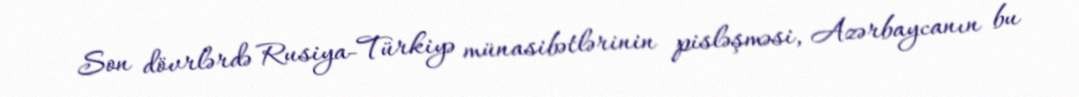
Son dövrlərdə Rusiya-Türkiyə münasibətlərinin pisləşməsi, Azərbaycanın bu